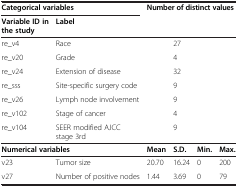
<table><thead><tr><td colspan="2"><b>Categorical variables</b></td><td rowspan="2" colspan="4"><b>Number of distinct values</b></td></tr><tr><td><b>Variable ID in the study</b></td><td><b>Label</b></td></tr></thead><tbody><tr><td>re_v4</td><td>Race</td><td> </td><td>27</td><td> </td><td> </td></tr><tr><td>re_v20</td><td>Grade</td><td> </td><td>4</td><td> </td><td> </td></tr><tr><td>re_v24</td><td>Extension of disease</td><td> </td><td>32</td><td> </td><td> </td></tr><tr><td>re_sss</td><td>Site-specific surgery code</td><td> </td><td>9</td><td> </td><td> </td></tr><tr><td>re_v26</td><td>Lymph node involvement</td><td> </td><td>9</td><td> </td><td> </td></tr><tr><td>re_v102</td><td>Stage of cancer</td><td> </td><td>4</td><td> </td><td> </td></tr><tr><td>re_v104</td><td>SEER modified AJCC stage 3rd</td><td> </td><td>9</td><td> </td><td> </td></tr><tr><td colspan="2"><b>Numerical variables</b></td><td><b>Mean</b></td><td><b>S.D.</b></td><td><b>Min.</b></td><td><b>Max.</b></td></tr><tr><td>v23</td><td>Tumor size</td><td>20.70</td><td>16.24</td><td>0</td><td>200</td></tr><tr><td>v27</td><td>Number of positive nodes</td><td>1.44</td><td>3.69</td><td>0</td><td>79</td></tr></tbody></table>